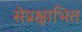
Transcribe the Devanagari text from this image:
सेप्रक्षाभित